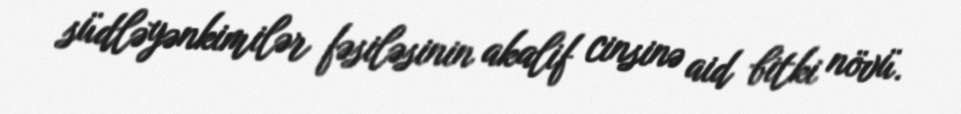
südləyənkimilər fəsiləsinin akalif cinsinə aid bitki növü.